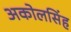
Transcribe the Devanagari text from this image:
अकोलसिंह